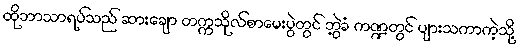
ထိုဘာသာရပ်သည် ဆားချော တက္ကသိုလ်စာမေးပွဲတွင် ဘွဲ့ခံ ကဏ္ဍတွင် ပျားသကာကဲ့သို့